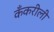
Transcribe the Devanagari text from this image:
कँकरीली